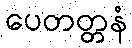
ပေတတ္တနံ